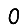
Digit: 0